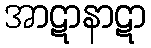
အာဋာနာဋာ